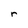
Character: r